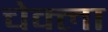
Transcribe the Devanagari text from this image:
चेक्ला